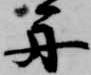
舟